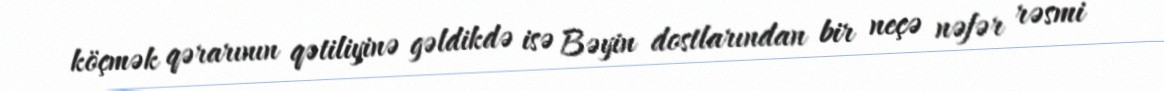
köçmək qərarının qətiliyinə gəldikdə isə Bəyin dostlarından bir neçə nəfər rəsmi